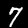
Digit: 7